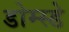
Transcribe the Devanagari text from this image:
डोम्स्डे